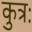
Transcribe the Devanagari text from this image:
कुत्रः